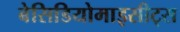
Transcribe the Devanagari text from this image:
बेसिडियोमाइसीट्स